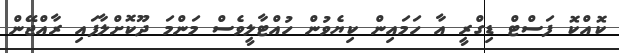
ކޮއްކޮ ފަސްޓް ޑިގްރީ އާ ހަމައިން ކިޔެވުން ހުއްޓާލީވެސް މަންމަ ދޫކޮށްލާފައި ރާއްޖޭން